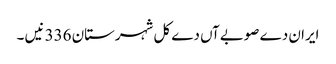
ایران دے صوبےآں دے کل شہرستان 336 نیں ۔